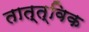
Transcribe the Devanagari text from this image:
तात्‍त्‍विक